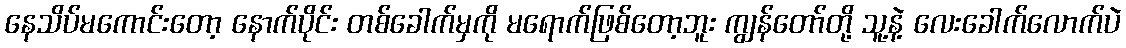
နေသိပ်မကောင်းတော့ နောက်ပိုင်း တစ်ခေါက်မှကို မရောက်ဖြစ်တော့ဘူး ကျွန်တော်တို့ သူ့နဲ့ လေးခေါက်လောက်ပဲ